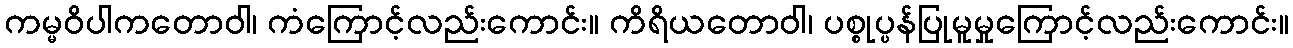
ကမ္မဝိပါကတောဝါ၊ ကံကြောင့်လည်းကောင်း။ ကိရိယတောဝါ၊ ပစ္စုပ္ပန်ပြုမူမှုကြောင့်လည်းကောင်း။